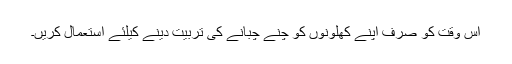
اس وقت کو صرف اپنے کھلونوں کو چنے چبانے کی تربیت دینے کیلئے استعمال کریں۔